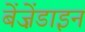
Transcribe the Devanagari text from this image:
बेंज़ेंडाइन